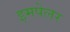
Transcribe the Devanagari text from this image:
इमपेलर